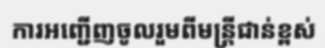
ការអញ្ជើញចូលរួមពីមន្ត្រីជាន់ខ្ពស់